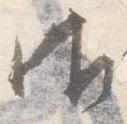
御